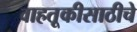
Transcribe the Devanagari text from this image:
वाहतूकीसाठीचे